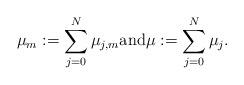
LaTeX: \begin{align*} \mu_m := \sum_{ j=0}^N \mu_{j,m} \mbox{and} \mu:= \sum_{ j=0}^N \mu_{j}.\end{align*}